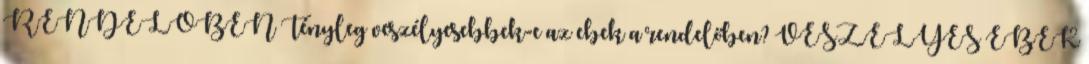
RENDELŐBEN Tényleg veszélyesebbek-e az ebek a rendelőben? VESZÉLYES EBEK